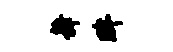
舞眸